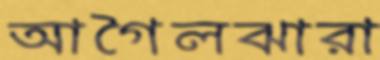
আগৈলঝারা